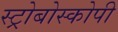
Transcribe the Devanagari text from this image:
स्ट्रोबोस्कोपी